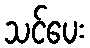
သင်ပေး